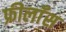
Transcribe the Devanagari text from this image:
फ्रीलाँस